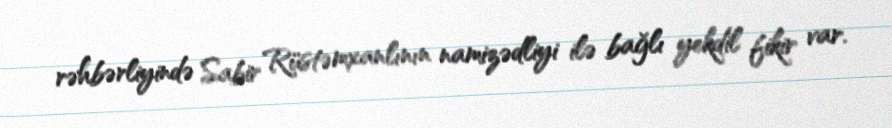
rəhbərliyində Sabir Rüstəmxanlının namizədliyi ilə bağlı yekdil fikir var.